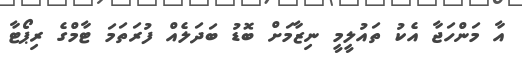
އާ މަންހަޖާ އެކު ތައުލީމީ ނިޒާމަށް ބޮޑު ބަދަލެއް ފުރަތަމަ ޓާމްގެ ރިޕޯޓާ